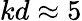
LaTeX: kd\approx 5